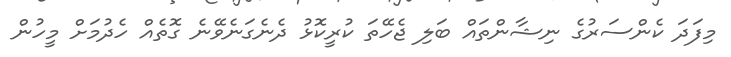
މިފަދަ ކެންސަރުގެ ނިޝާންތައް ބަލި ޖެހޭތަ ކުރީކޮޅު ދެނެގަނެވޭނެ ގޮތެއް ހެދުމަށް މީހުން